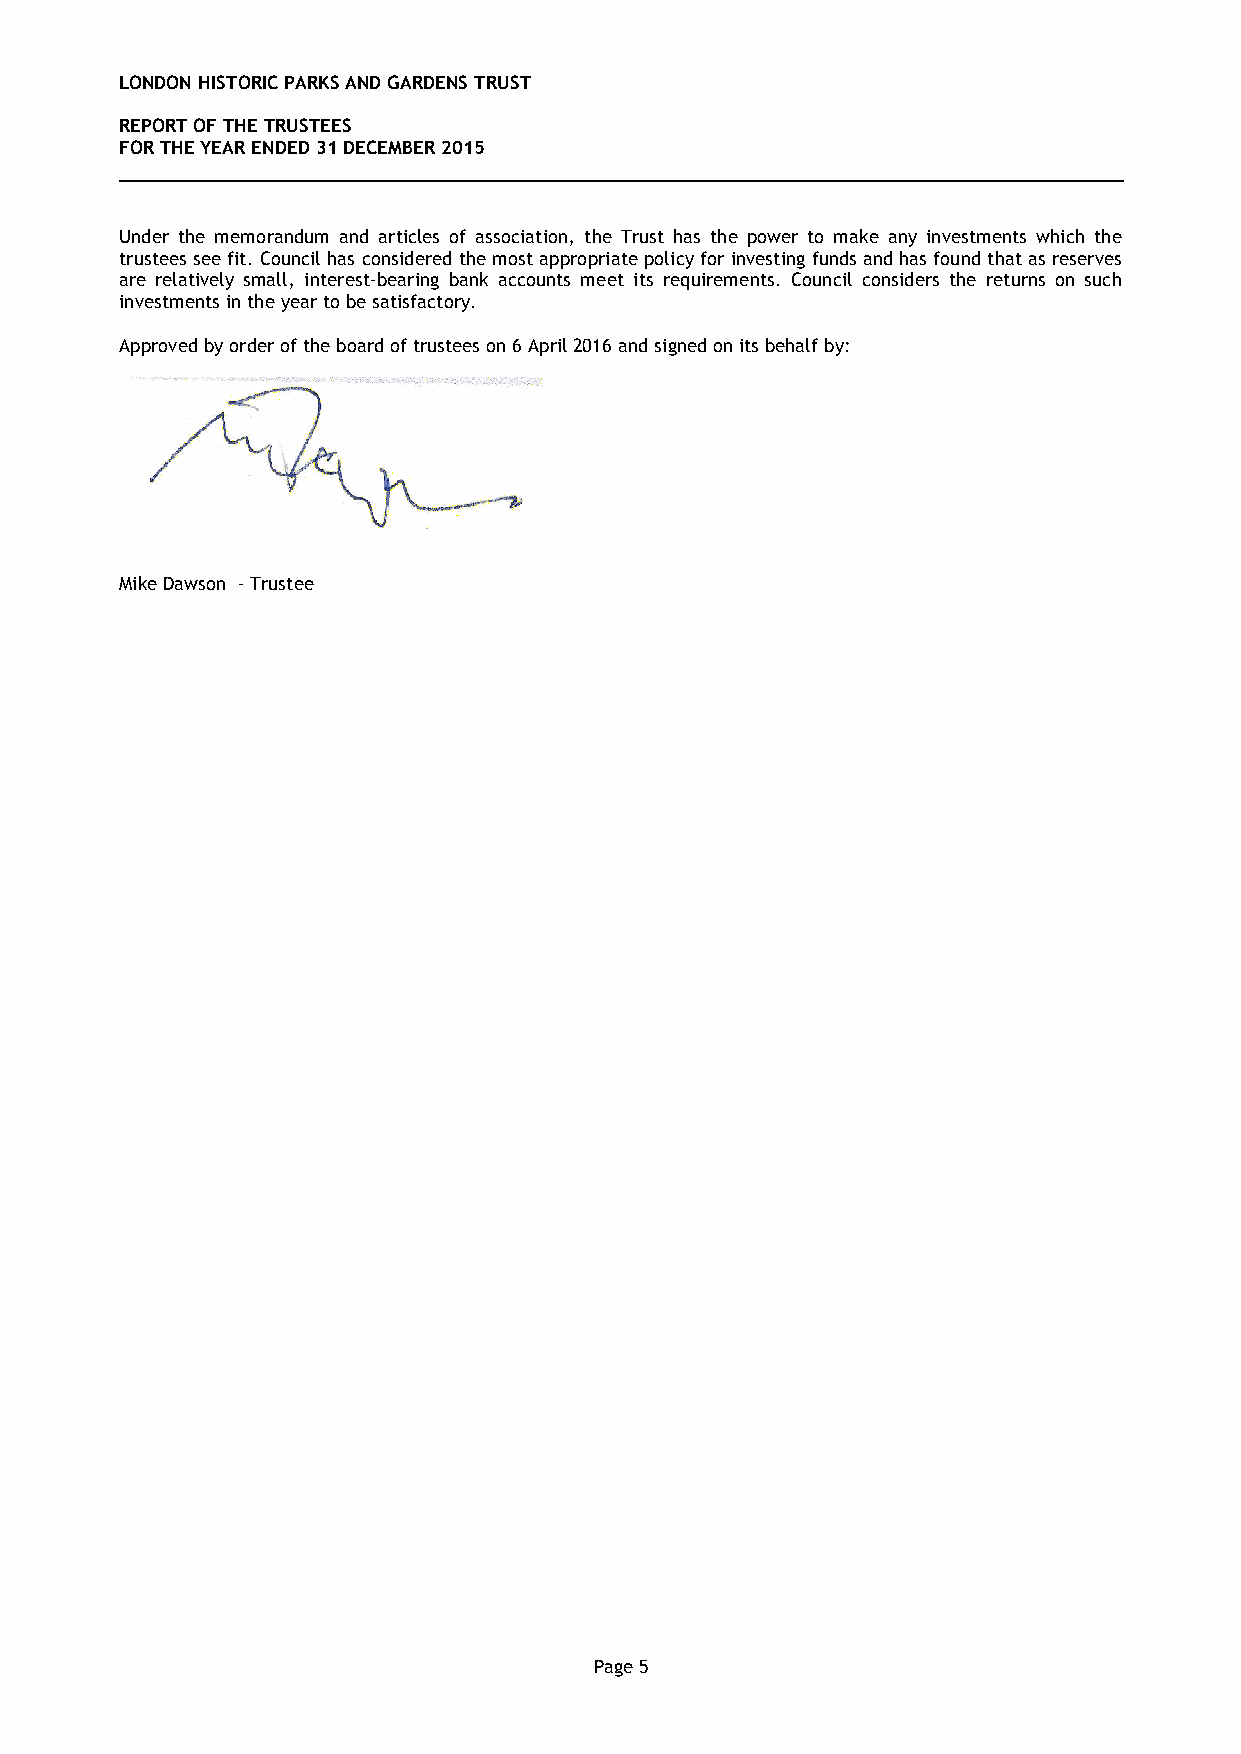
LONDON HISTORIC PARKS AND GARDENS TRUST
 REPORT OF THE TRUSTEES
 FOR THE YEAR ENDED 31 DECEMBER 2015
 Under the memorandum and articles of association, the Trust has the power to make any investments which the
 trustees see fit. Council has considered the most appropriate policy for investing funds and has found that as reserves
 are relatively small, interest-bearing bank accounts meet its requirements. Council considers the returns on such
 investments in the year to be satisfactory.
 Approved by order of the board of trustees on 6 April 2016 and signed on its behalf by:
 Mike Dawson - Trustee
 Page 5